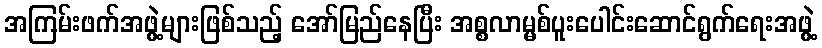
အကြမ်းဖက်အဖွဲ့များဖြစ်သည့် အော်မြည်နေပြီး အစ္စလာမ္မစ်ပူးပေါင်းဆောင်ရွက်ရေးအဖွဲ့